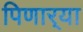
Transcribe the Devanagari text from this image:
पिणार्‍या